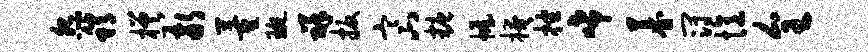
怨稍槎敬董琬祥扳寒八糖幄掩挫唏暮冠忆全